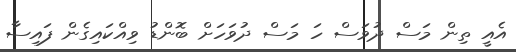
އެއީ ތިން މަސް ދުވަސް ހަ މަސް ދުވަހަށް ބޮންޑު ވިއްކައިގެން ފައިސާ